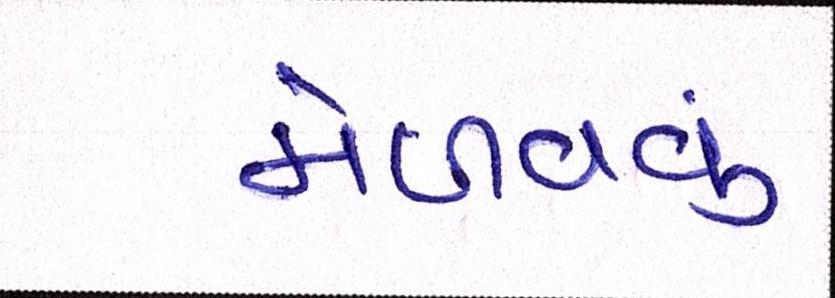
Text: મેળવવું